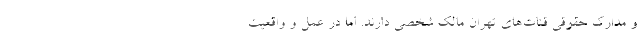
و مدارک حقوقی قنات‌های تهران مالک شخصی دارند. اما در عمل و واقعیت